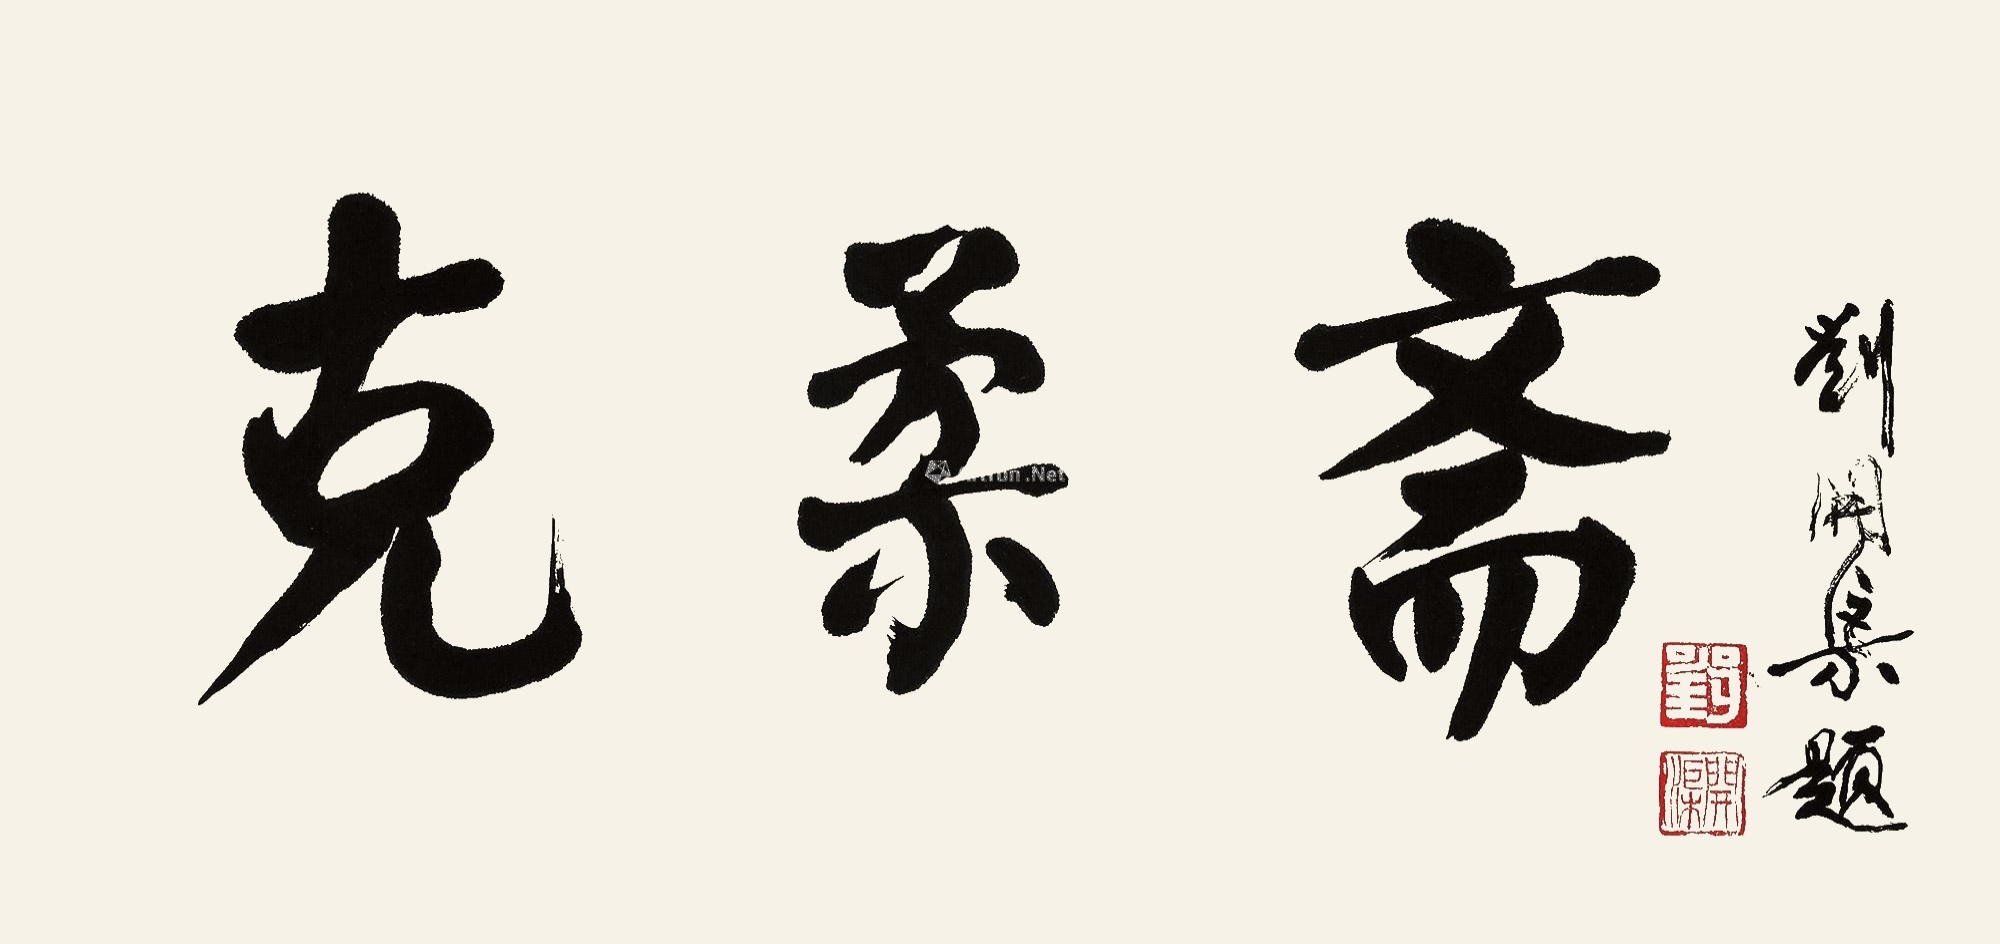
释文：克柔斋。刘开渠题。